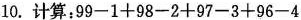
10.计算：$$99-1+98-2+97-3+96-4$$